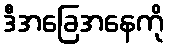
ဒီအခြေအနေကို